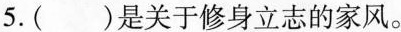
5.()是关于修身立志的家风。